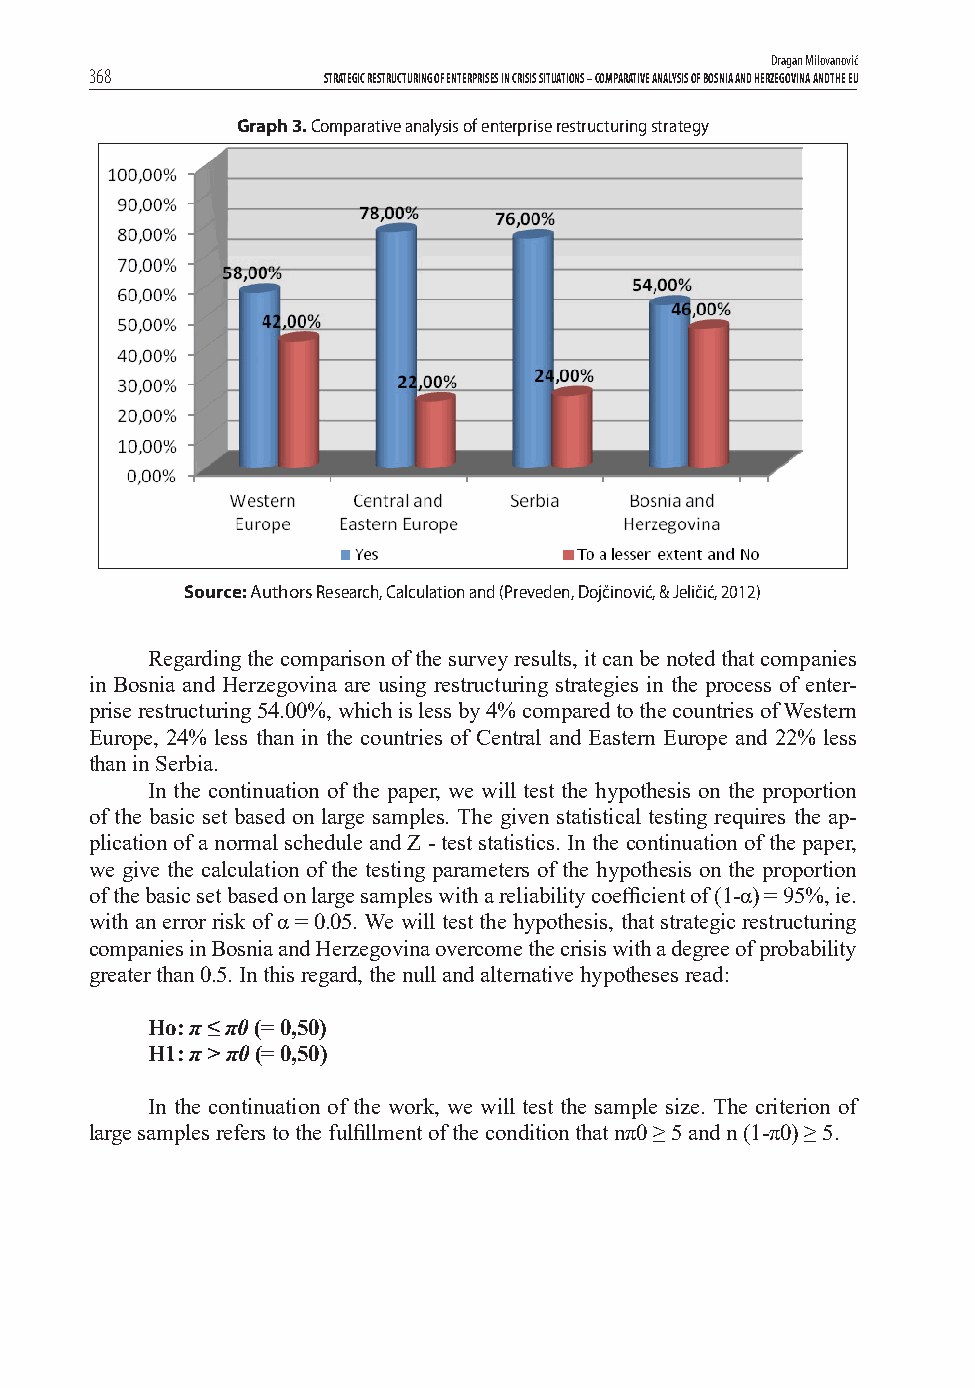
Dragan Milovanović
 368            STRATEGIC RESTRUCTURING OF ENTERPRISES IN CRISIS SITUATIONS – COMPARATIVE ANALYSIS OF BOSNIA AND HERZEGOVINA AND THE EU
 Graph 3. Comparative analysis of enterprise restructuring strategy
 Source: Authors Research, Calculation and (Preveden, Dojčinović, & Jeličić, 2012)
 Regarding the comparison of the survey results, it can be noted that companies
 in Bosnia and Herzegovina are using restructuring strategies in the process of enter-
 prise restructuring 54.00%, which is less by 4% compared to the countries of Western
 Europe, 24% less than in the countries of Central and Eastern Europe and 22% less
 than in Serbia.
 In the continuation of the paper, we will test the hypothesis on the proportion
 of the basic set based on large samples. The given statistical testing requires the ap-
 plication of a normal schedule and Z - test statistics. In the continuation of the paper,
 we give the calculation of the testing parameters of the hypothesis on the proportion
 of the basic set based on large samples with a reliability coeffi cient of (1-α) = 95%, ie.
 with an error risk of α = 0.05. We will test the hypothesis, that strategic restructuring
 companies in Bosnia and Herzegovina overcome the crisis with a degree of probability
 greater than 0.5. In this regard, the null and alternative hypotheses read:
 Ho: π ≤ π0 (= 0,50)
 H1: π > π0 (= 0,50)
 In the continuation of the work, we will test the sample size. The criterion of
 large samples refers to the fulfi llment of the condition that nπ0 ≥ 5 and n (1-π0) ≥ 5.